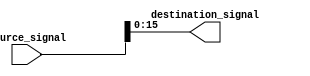
module BitSelectAssign(
    input wire [31:0] source_signal,
    output wire [15:0] destination_signal
);

assign destination_signal = source_signal[15:0];

endmodule